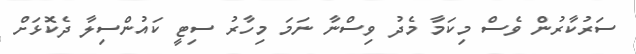
ސަރުކާރުން ވެސް މިކަމާ މެދު ވިސްނާ ނަމަ މިހާރު ސިޓީ ކައުންސިލާ ދެކޮޅަށް